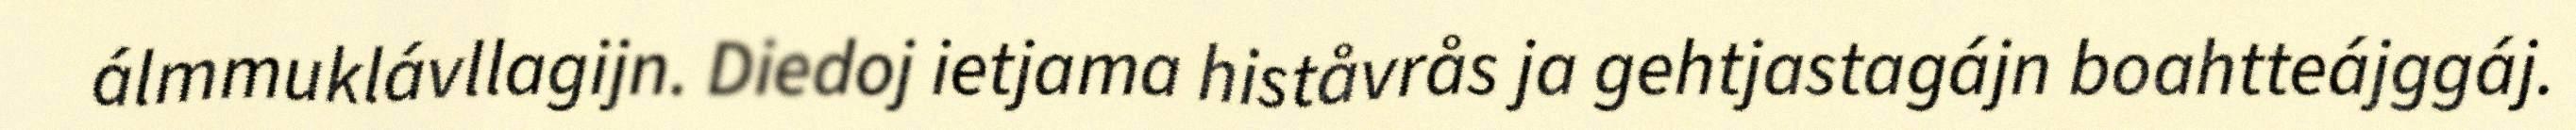
álmmuklávllagijn. Diedoj ietjama histåvrås ja gehtjastagájn boahtteájggáj.